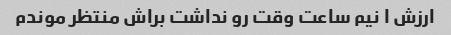
ارزش ۱ نیم ساعت وقت رو نداشت براش منتظر موندم